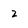
Character: z